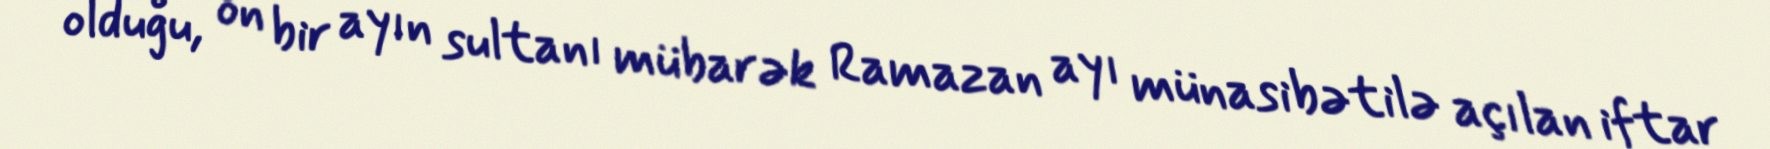
olduğu, on bir ayın sultanı mübarək Ramazan ayı münasibətilə açılan iftar